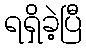
ရရှိခဲ့ပြီ